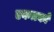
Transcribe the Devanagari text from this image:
एकत्रकों